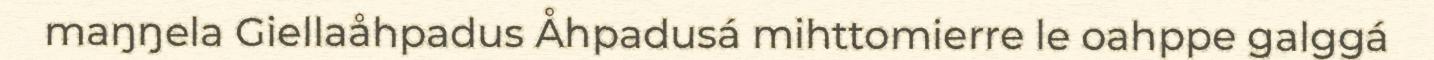
maŋŋela Giellaåhpadus Åhpadusá mihttomierre le oahppe galggá